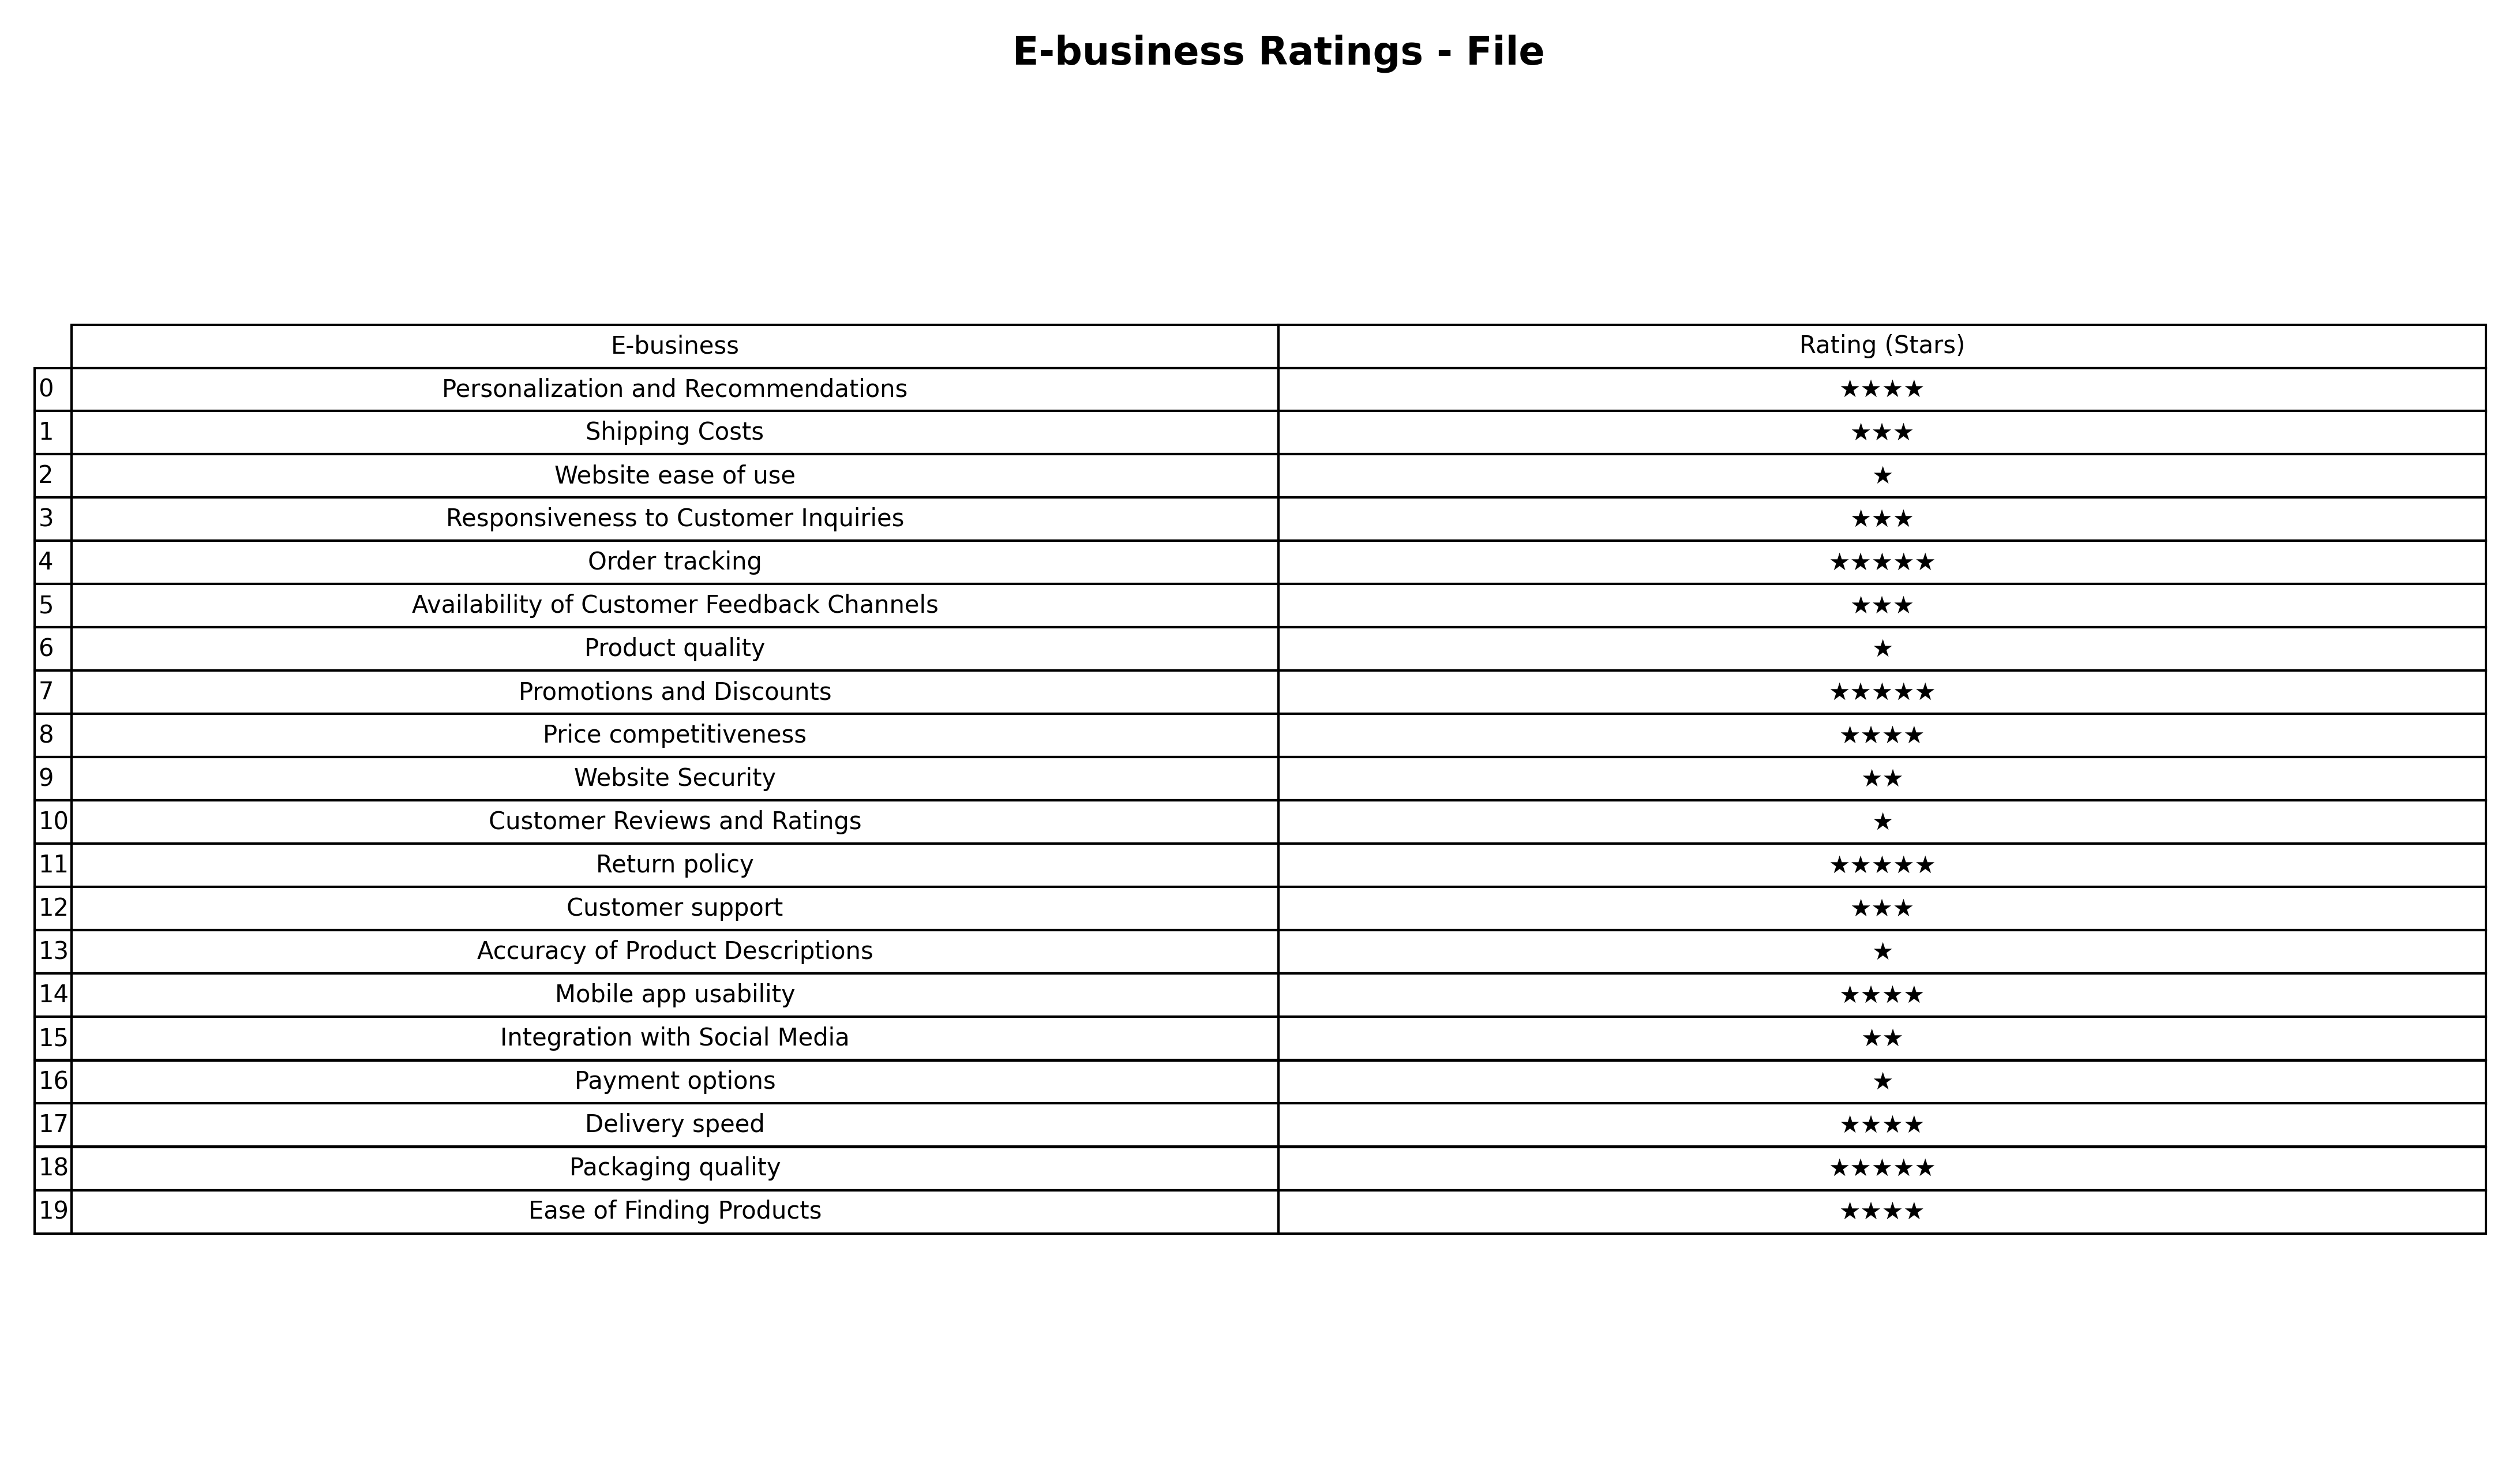
question: What is the rating of Promotions and Discounts?
answer: ★★★★★